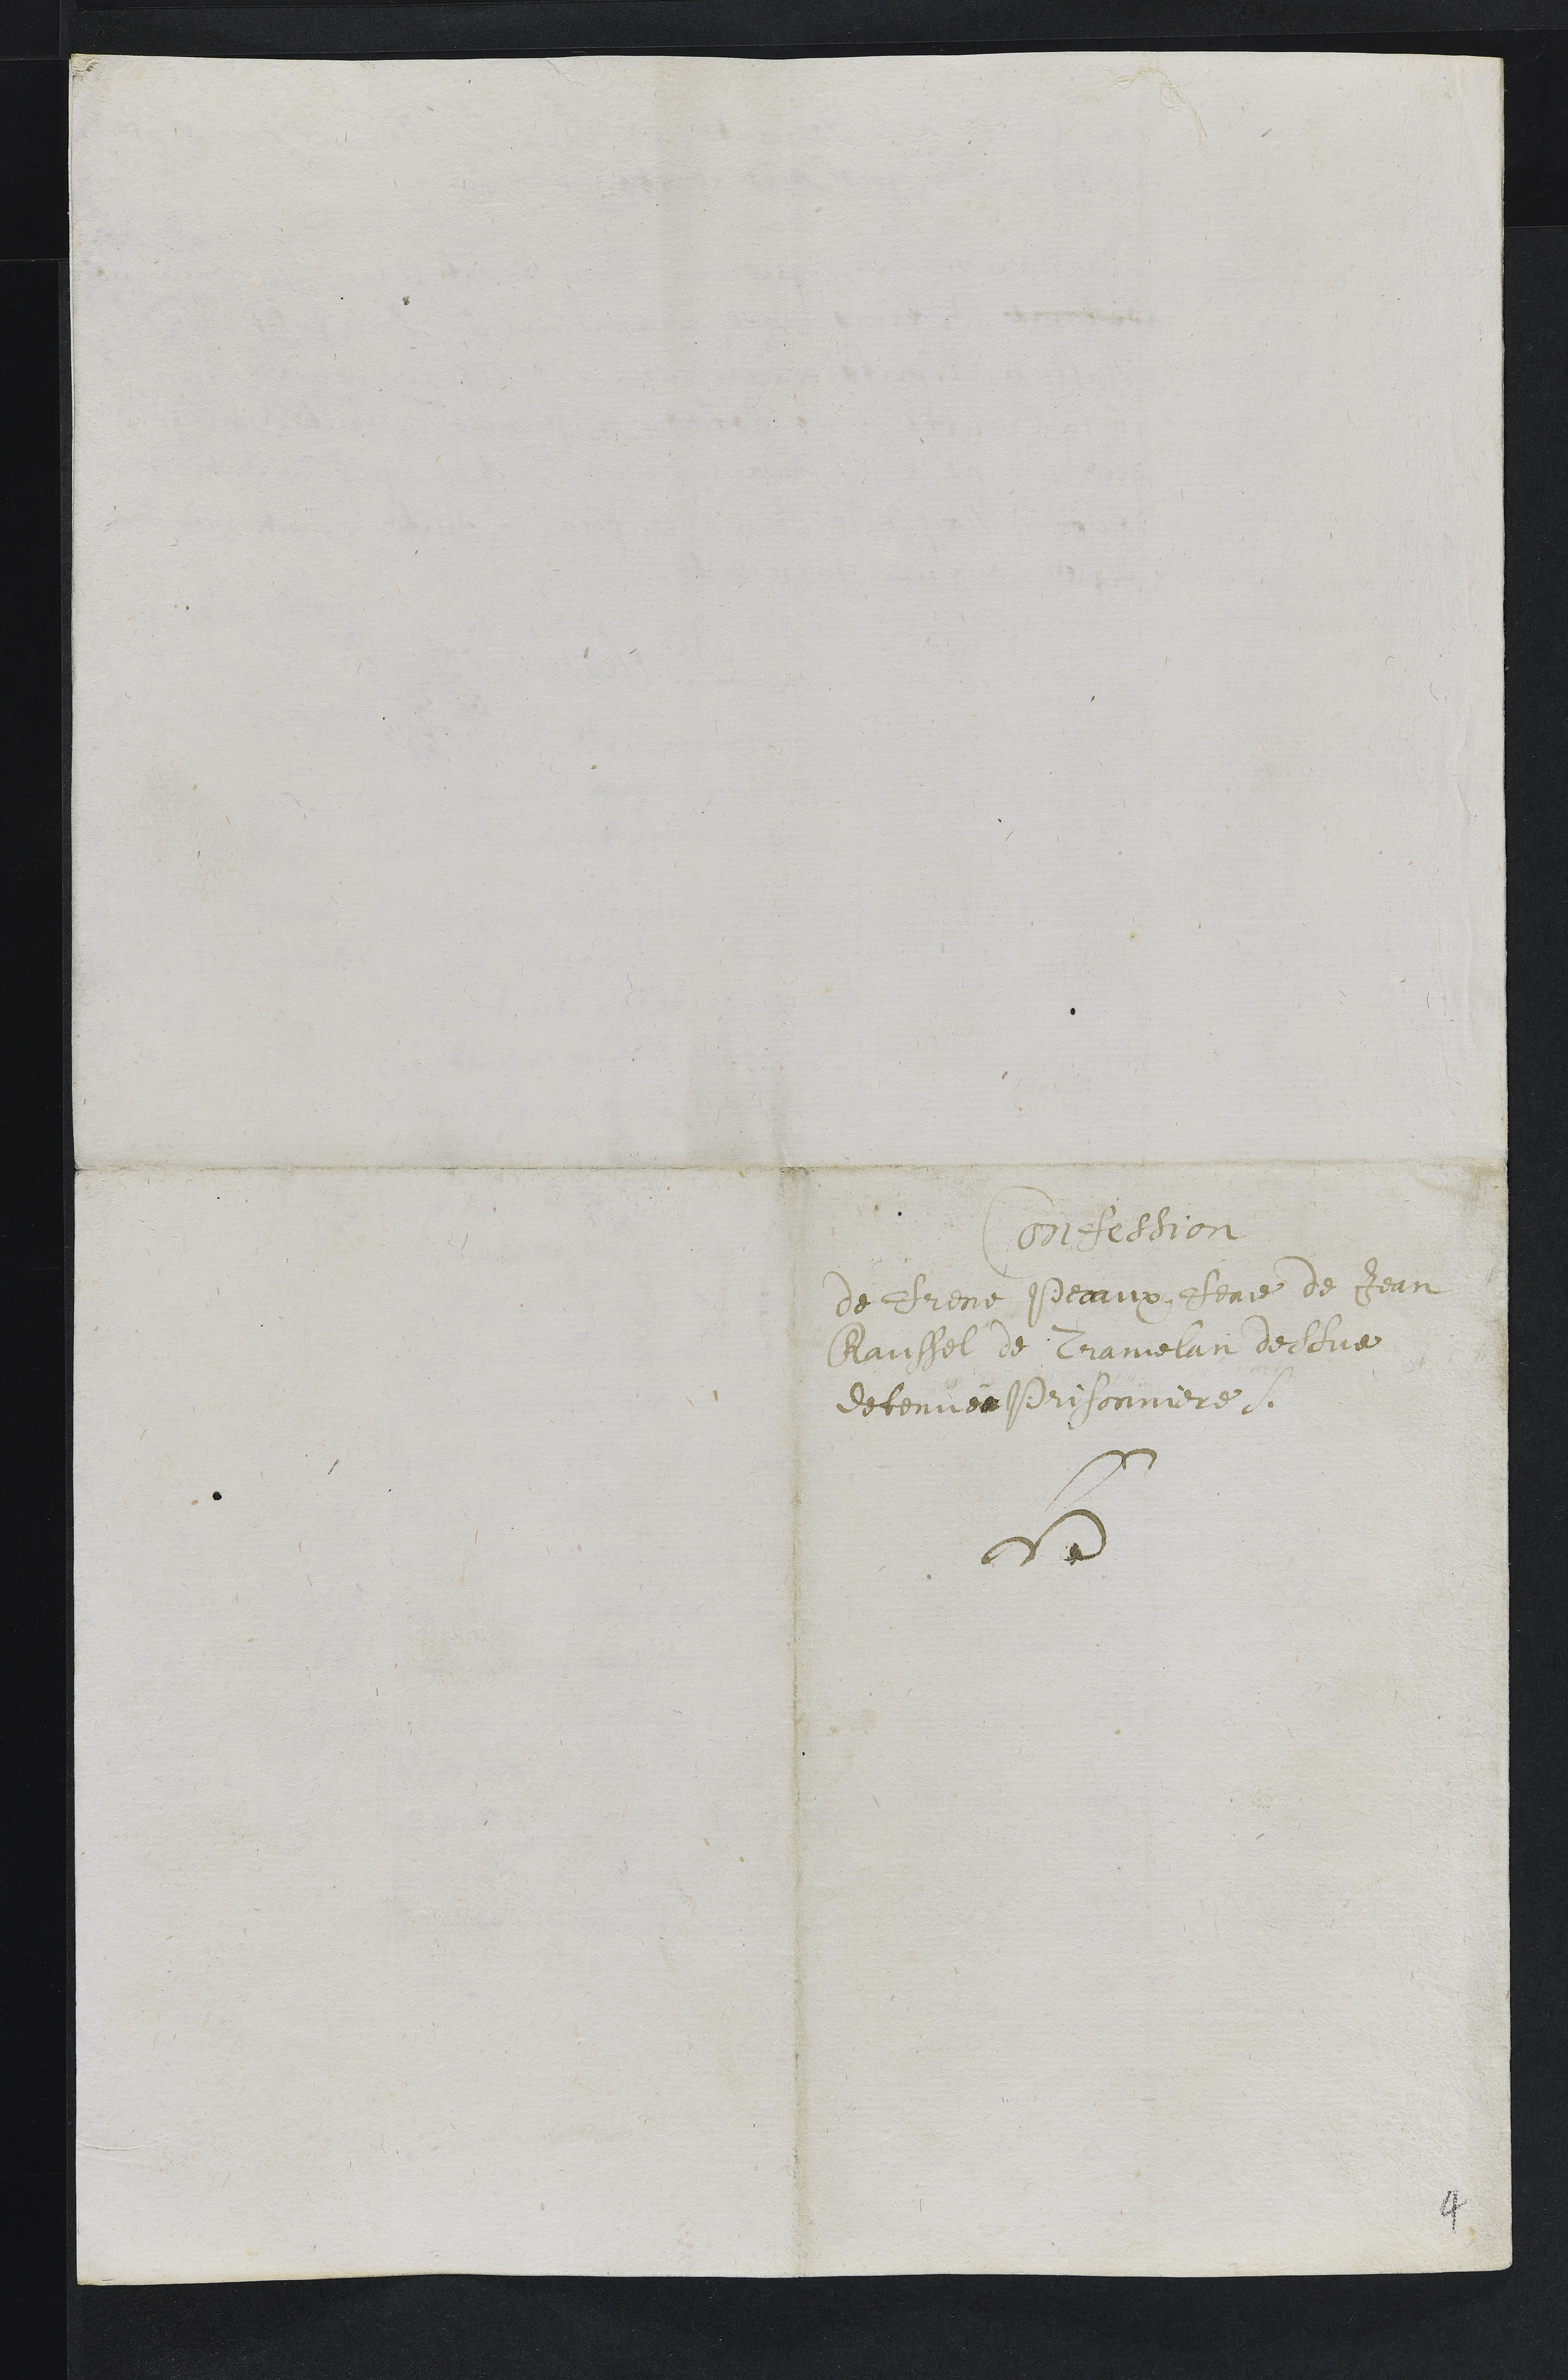
onfession
de Drine Peraux ctire de Jean
Manssel de Cramelan deceve
detenuer drisonniere.
se
4